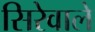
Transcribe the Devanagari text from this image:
सिरेवाले